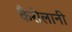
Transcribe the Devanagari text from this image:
कैसेलानी